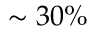
\sim 3 0 \%